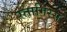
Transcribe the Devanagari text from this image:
स्तागिरस